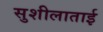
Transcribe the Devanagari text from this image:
सुशीलाताई